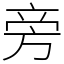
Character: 旁